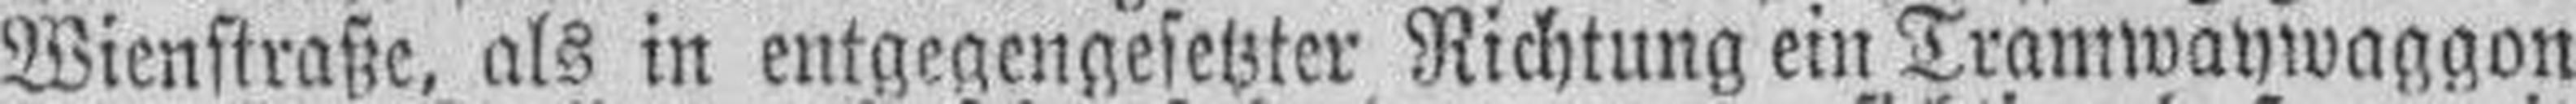
Wienstraße, als in entgegengesetzter Richtung ein Tramwaywaggon